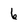
Character: 6